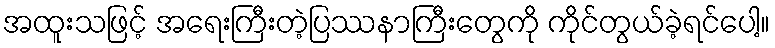
အထူးသဖြင့် အရေးကြီးတဲ့ပြဿနာကြီးတွေကို ကိုင်တွယ်ခဲ့ရင်ပေါ့။